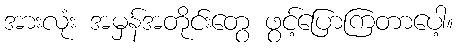
အားလုံး အမှန်အတိုင်းတွေ ဖွင့်ပြောကြတာပေါ့။